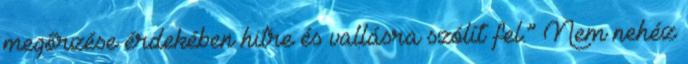
megőrzése érdekében hitre és val­lásra szólít fel.” Nem nehéz